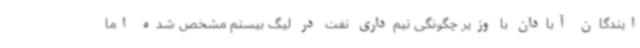
ایندگان آبادان با وزیر چگونگی تیم‌داری نفت در لیگ بیستم مشخص شده اما